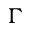
\Gamma